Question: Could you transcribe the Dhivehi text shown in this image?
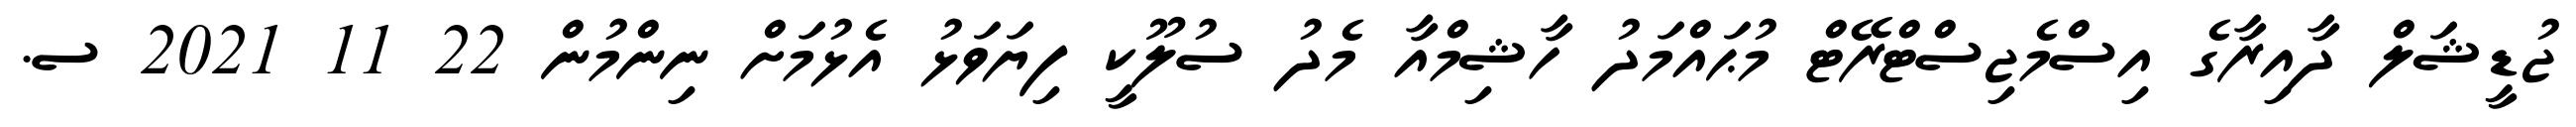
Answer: ޖުޑީޝަލް ދާއިރާގެ އިސްމެޖިސްޓްރޭޓް މުޙައްމަދު ހާޝިމްއާ މެދު ސުލޫކީ ފިޔަވަޅު އެޅުމަށް ނިންމުން 22 11 2021 ސ.